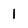
Character: 1